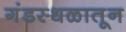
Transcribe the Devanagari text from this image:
गंडस्थळातून